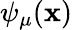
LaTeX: \psi_{\mu}(\mathbf{x})